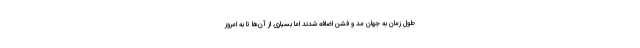
طول زمان به جهان مد و فشن اضافه شدند اما بسیاری از آن‌ها تا به امروز